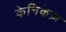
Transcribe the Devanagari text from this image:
केनिकेज़